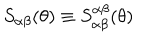
S _ { \alpha \beta } ( \theta ) \equiv S _ { \alpha \beta } ^ { \alpha \beta } ( \theta )